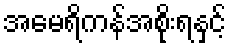
အမေရိကန်အစိုးရနှင့်